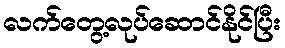
လက်တွေ့လုပ်ဆောင်နိုင်ပြီး